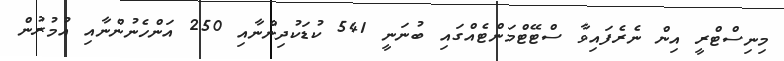
މިނިސްޓްރީ އިން ނެރެފައިވާ ސްޓޭޓްމަންޓެއްގައި ބުނަނީ 541 ކުޑަކުދިންނާއި 250 އަންހެނުންނާއި އުމުރުން